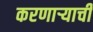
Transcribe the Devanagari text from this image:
करणार्‍याची